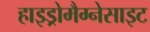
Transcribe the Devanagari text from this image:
हाइड्रोमैग्नेसाइट